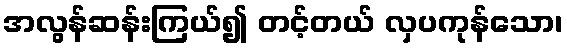
အလွန်ဆန်းကြယ်၍ တင့်တယ် လှပကုန်သော၊